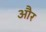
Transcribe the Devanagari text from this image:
और